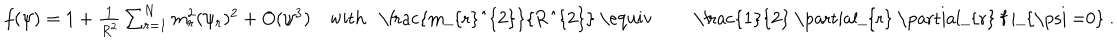
\begin{array} { l l } { { f ( \psi ) = 1 + \frac { 1 } { R ^ { 2 } } \sum _ { r = 1 } ^ { N } m _ { r } ^ { 2 } ( \psi _ { r } ) ^ { 2 } + O ( \psi ^ { 3 } ) } } & { { \mathrm { w i t h ~ \frac { m _ { r } ^ { 2 } } { R ^ { 2 } } ~ \equiv ~ \frac { 1 } { 2 } ~ \partial _ { r } ~ \partial _ { r } ~ f ~ | _ { \ p s i ~ = 0 } ~ } . } } \\ \end{array}